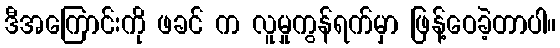
ဒီအကြောင်းကို ဖခင် က လူမှုကွန်ရက်မှာ ဖြန့်ဝေခဲ့တာပါ။